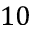
1 0